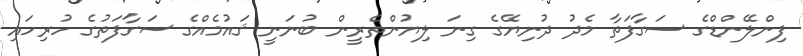
ފިންލޭންޑްގެ ސަގާފަތާ މެދު ދުނިޔޭގެ ގިނަ ލިޔުންތެރީން ބުނަނީ ޤައުމެއްގެ ސަގާފަތުގެ ހުރިހައި